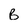
Character: B